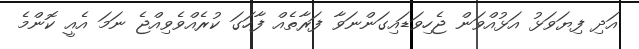
އަދި ފިޔަވަޅު އަޅުއްވަން ޖެހިވަޑައިގަންނަވާ ފަރާތެއް ފާހަގަ ކުރެއްވެވިއްޖެ ނަމަ އެއީ ކޮންމެ